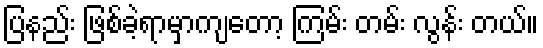
ပြနည်း ဖြစ်ခဲ့ရာမှာကျတော့ ကြမ်း တမ်း လွန်း တယ်။